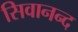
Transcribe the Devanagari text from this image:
सिवानन्द